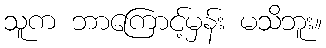
သူက ဘာကြောင့်မှန်း မသိဘူး။